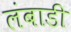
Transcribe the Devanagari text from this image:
लंबाडी